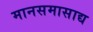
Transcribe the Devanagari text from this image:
मानसमासाद्य